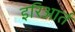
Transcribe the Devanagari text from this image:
इरिआर्त